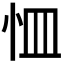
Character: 𭜛